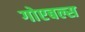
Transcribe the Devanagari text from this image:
गोएबल्स